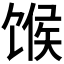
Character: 𫗯